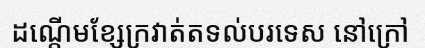
ដណ្តើមខ្សែក្រវាត់តទល់បរទេស នៅក្រៅ